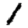
Digit: 1